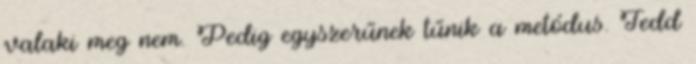
valaki meg nem. Pedig egyszerűnek tűnik a metódus. Tedd